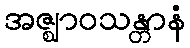
အဇ္ဈာဝသန္တာနံ